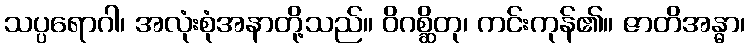
သပ္ပရောဂါ၊ အလုံးစုံအနာတို့သည်။ ဝိဂစ္ဆိတု၊ ကင်းကုန်၏။ ဇာတိအန္ဓာ၊